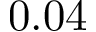
0 . 0 4